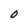
Character: 0